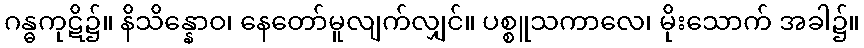
ဂန္ဓကုဋိ၌။ နိသိန္နောဝ၊ နေတော်မူလျက်လျှင်။ ပစ္စူသကာလေ၊ မိုးသောက် အခါ၌။